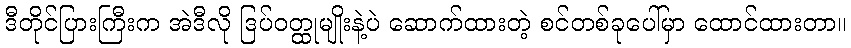
ဒီတိုင်ပြားကြီးက အဲဒီလို ဒြပ်ဝတ္ထုမျိုးနဲ့ပဲ ဆောက်ထားတဲ့ စင်တစ်ခုပေါ်မှာ ထောင်ထားတာ။